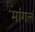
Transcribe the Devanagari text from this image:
मांगलं